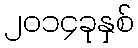
၂၀၁၄ခုနှစ်